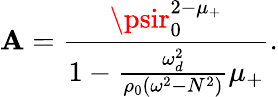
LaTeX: \mathbf{A}=\frac{{\psir_{0}^{2-\mu_{+}}}}{{1-\frac{{\omega_{d}^{2}}}{{\rho_{0}(\omega^{2}-N^{2})}}\mu_{+}}}.